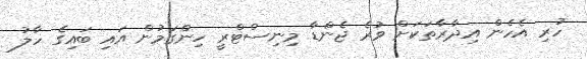
ހުރި އެހެން އިދާރާތަކަށް ވުރެ ޖެންޑާ މިނިސްޓްރީ ހިންގަމުން އައި ބައިގެ ހާލު